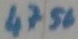
Text: 4756